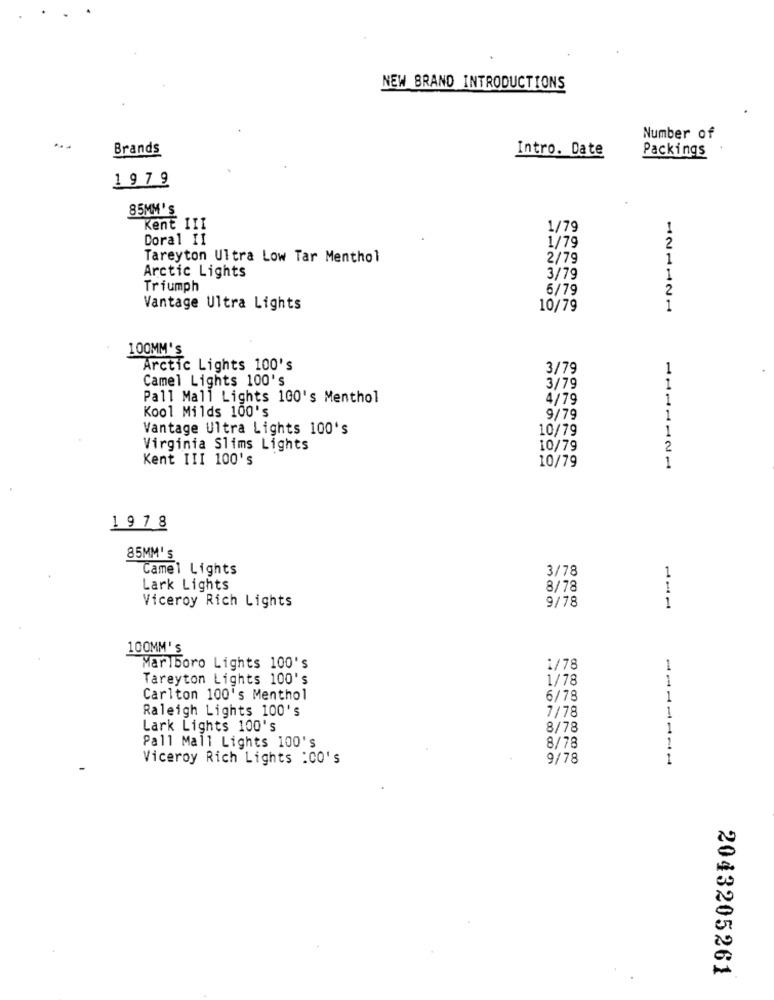
NEW BRAND INTRODUCTIONS
Number of
Brands
Intro. Date
Packings
19 7 9
85MM'S
Kent III
1/79
1
Doral II
2
1/79
Tareyton Ultra Low Tar Menthol
2/79
1
Arctic Lights
3/79
1
Triumph
6/79
2
Vantage Ultra Lights
10/79
1
100MM's
Arctic Lights 100's
3/79
1
Camel Lights 100's
3/79
1
Pall Mall Lights 100's Menthol
4/79
1
Kool Milds 100's
9/79
Vantage Ultra Lights 100's
10/79
1
Virginia Slims Lights
10/79
2
Kent III 100's
10/79
1
1978
85MM's
Camel Lights
3/78
1
Lark Lights
8/78
1
9/78
1
Viceroy Rich Lights
100MM's
Marlboro Lights 100's
1/78
Tareyton Lights 100's
1/78
--
Carlton 100's Menthol
6/78
1
Raleigh Lights 100's
7/78
1
Lark Lights 100's
8/78
1
1
Pall Mall Lights 100's
8/78
Viceroy Rich Lights :CO'S
9/78
1
2043205261